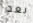
بعد